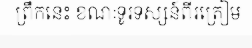
ព្រឹកនេះ ខណៈទូរទស្សន៍ពីរត្រៀម